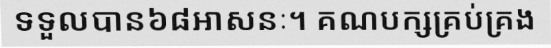
ទទួលបាន៦៨អាសនៈ។ គណបក្សគ្រប់គ្រង